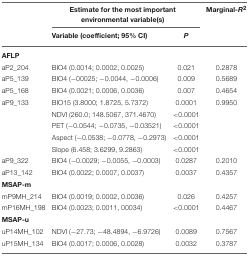
|  | <COLSPAN=2> Estimate for the most important environmental variable(s) | Marginal-R2 |
 |  | Variable (coefficient; 95% CI) | P |  |
 | --- | --- | --- | --- |
 | <COLSPAN=4> AFLP |
 | aP2_204 | BIO4 (0.0014; 0.0002, 0.0025) | 0.021 | 0.2878 |
 | aP5_139 | BIO4 (−00025; −0.0044, −0.0006) | 0.009 | 0.5689 |
 | aP5_168 | BIO4 (0.0021; 0.0006, 0.0036) | 0.007 | 0.4654 |
 | aP9_133 | BIO15 (3.8000; 1.8725, 5.7372) | 0.0001 | 0.9950 |
 |  | NDVI (260.0; 148.5067, 371.4670) | <0.0001 |  |
 |  | PET (−0.0544; −0.0735, −0.03521) | <0.0001 |  |
 |  | Aspect (−0.0538; −0.0778, −0.2973) | <0.0001 |  |
 |  | Slope (6.458; 3.6299, 9.2863) | <0.0001 |  |
 | aP9_322 | BIO4 (−0.0029; −0.0055, −0.0003) | 0.0287 | 0.2010 |
 | aP13_142 | BIO4 (0.0022; 0.0007, 0.0037) | 0.0037 | 0.4357 |
 | <COLSPAN=4> MSAP-m |
 | mP9MH_214 | BIO4 (0.0019; 0.0002, 0.0036) | 0.026 | 0.4257 |
 | mP16MH_198 | BIO4 (0.0023; 0.0011, 00034) | <0.0001 | 0.4467 |
 | <COLSPAN=4> MSAP-u |
 | uP14MH_102 | NDVI (−27.73; −48.4894, −6.9726) | 0.0089 | 0.7567 |
 | uP15MH_134 | BIO4 (0.0017; 0.0006, 0.0028) | 0.0032 | 0.3787 |